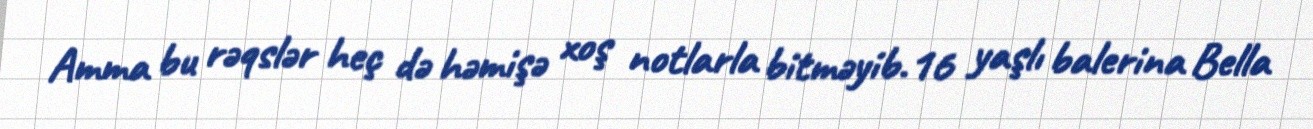
Amma bu rəqslər heç də həmişə xoş notlarla bitməyib.16 yaşlı balerina Bella